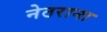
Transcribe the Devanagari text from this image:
नेठराना